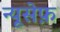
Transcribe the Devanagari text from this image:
न्यूसेफ़